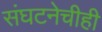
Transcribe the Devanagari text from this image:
संघटनेचीही